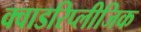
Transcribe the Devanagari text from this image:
क्वाडरिप्लीजिक